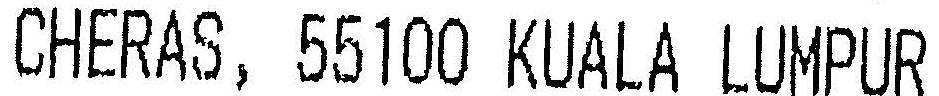
CHERAS, 55100 KUALA LUMPUR